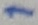
Text: 1